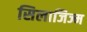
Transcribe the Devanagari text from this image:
सिलाजिज्म